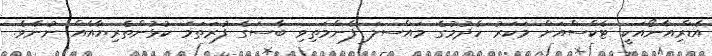
އެޑްރިއާނޯއަކީ ޓެކްސްއަށް މަކަރު ހެދުމުގެ މައްސލަ ފެންމަތިވި ބާސަގެ ފުރަތަމަ ކުޅުންތެރިޔާއެއް ނުނެވެ.